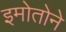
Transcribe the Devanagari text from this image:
इमोतोने